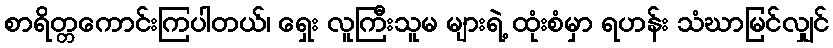
စာရိတ္တကောင်းကြပါတယ်၊ ရှေး လူကြီးသူမ များရဲ့ ထုံးစံမှာ ရဟန်း သံဃာမြင်လျှင်